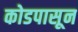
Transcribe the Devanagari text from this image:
कोडपासून